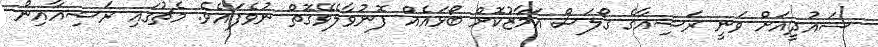
ސައުދީއަށް ވަނީ ރަޝިއާގެ ގޯލަސް އަމާޒުކޮށް ބޯޅައެއް ފޮނުވާލެވޭގޮތް ނުވެފައެވެ. މެޗުގައި ރަޝިއާއިން